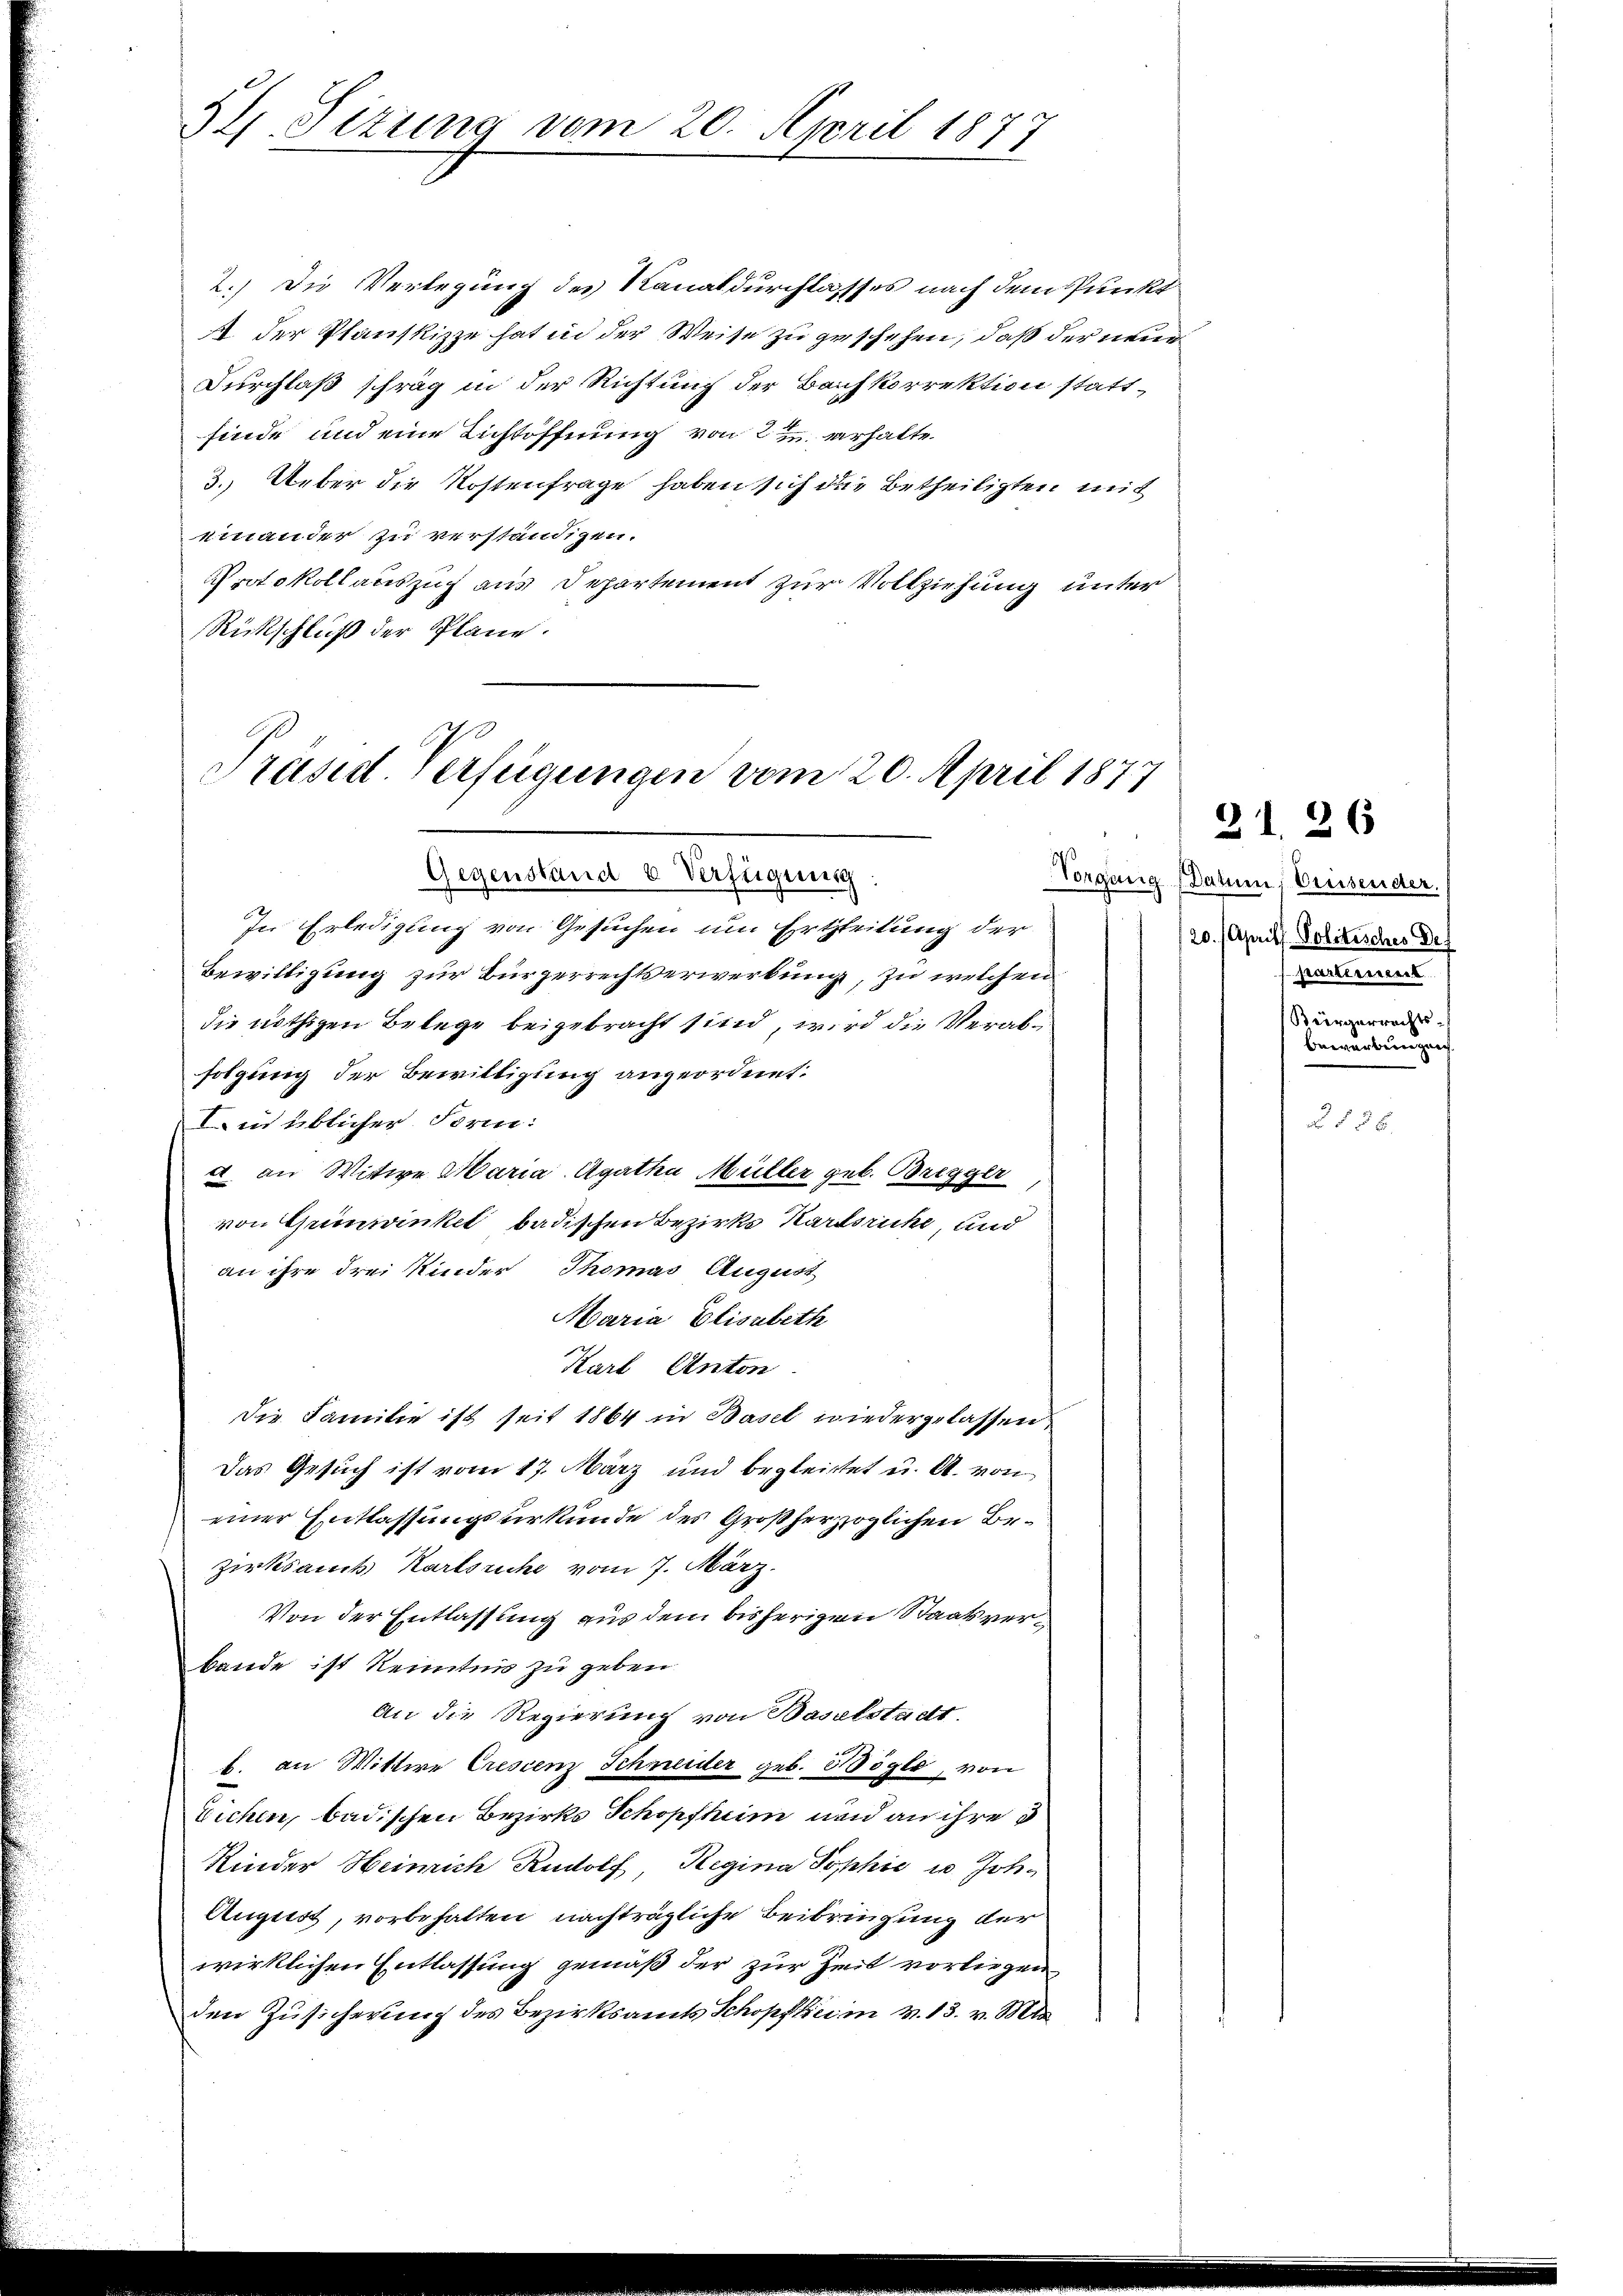
S Sizung vom 20. April 1877

2.) Die Verlegung des Kanal durchlassses nach dem Punckt
2 der Planskizze hat in der Weise zu geschehen, daß der neue
Durchlaß schräg in der Richtung der Bachkorrektion stattfinde und eine Lichtöffnung von 2 u. erhalte
3.) Ueber die Kostenfrage haben sich die Betheiligten mit
einander zu verständigen.
Protokoll auszug aus Departement zur Vollziehung unter
Rückschluß der Plane.

Präsid. Verfügungen vom 20. April 1877

Gegenständ 6 Verfügung:
In Erledigung von Gesuchen um Ertleitung der
Bewilligung zur Bürgerrechtserwerbung, zu welchen
die nöthigen Belege beigebracht sind, wird die Verabfolgung der Bewilligung angeordnet.
Iin üblicher Form:
a an Wittwe Maria Agatha Müller geb. Bregger
von Grimwinkel badischen Bezirks Karlsruhe, und
an ihre drei Kinder Thomas August
Maria Elisabeth
Karl Anton
Die Familie ist seit 1864 in Basel wiedergelassen,
Das Gesuch ist vom 17. März und begleitet u. A. von
einer Entlassungsurkunde des Großherzoglichen Bezirksamt Karlsruhe vom 7. März.
Von der Entlassung aus dem bisherigen Staatsver¬
Bande ist Kenntnis zu geben
An die Regierung von Baselstadt.
b. an Mittwe Crescenz Schneider geb. Vögle, von
Eichen, badischen Bezirks Schopfheim und an ihre
Rinder Heinrich Rudolf, Regina Sophie u Joh¬
August, vorbehalten nachträgliche Beibringung der
wirklichen Entlassung gemäß der zur Zeit vorliegen
den Zusicherung des Bezirksamts Schopfbei in v. 13. v. M

Vorgang (Datum, Preisender.
20. Aprill Politisches Def
parttement
Bürgerrechts-
bewerberenznach

21. 26

§§ 6